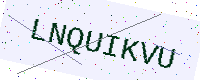
Text: LNQUIKVU